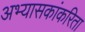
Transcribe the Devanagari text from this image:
अभ्यासकांकरिता